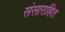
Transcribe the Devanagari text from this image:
संसाराहित